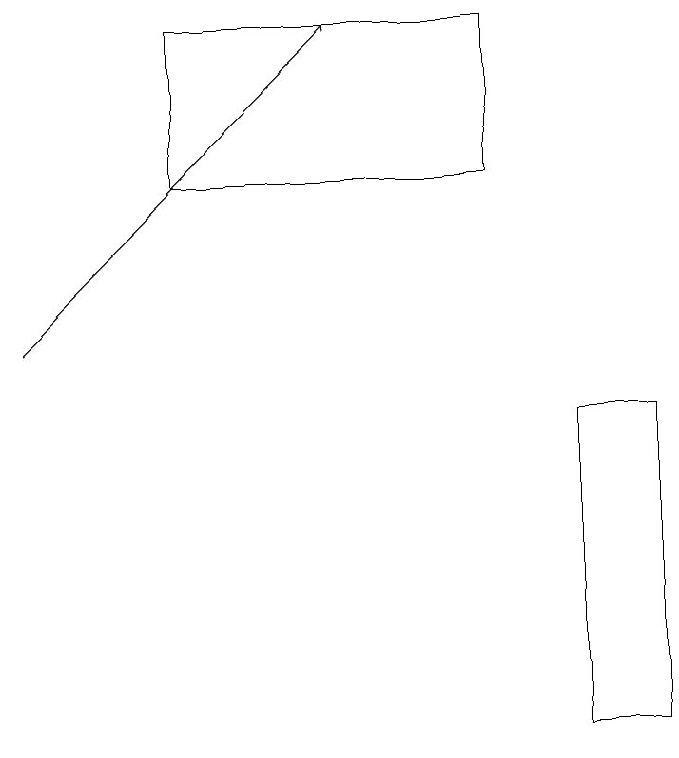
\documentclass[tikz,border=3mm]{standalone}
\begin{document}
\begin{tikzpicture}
\draw (3,17) rectangle (7,19);
\draw[->] (1,15) -- (5,19);
\draw (8,14) rectangle (9,10);
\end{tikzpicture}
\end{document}